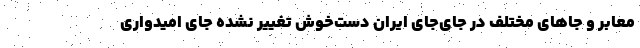
معابر و جاهای مختلف در جای‌جای ایران دست‌خوش تغییر نشده جای امیدواری